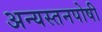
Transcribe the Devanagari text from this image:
अन्यस्तनपोषी